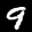
Label: 9